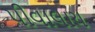
પીવાલાય